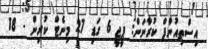
އިސްތިއުނާފް ކުރާނަން: ޕީޖީ 6 ގަޑި 27 މިނެޓް ކުރިން - 18